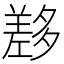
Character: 𡗂